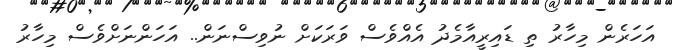
އަހަރެން މިހާރު ތި ޑައިރީއާމެދު އެއްވެސް ވަރަކަށް ނުވިސްނަން.. އަހަންނަށްވެސް މިހާރު